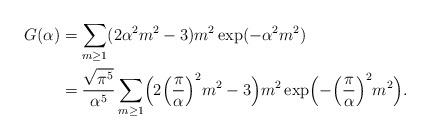
LaTeX: \begin{align*} \begin{aligned} G(\alpha)&=\sum_{m\ge 1}(2\alpha^2 m^2-3)m^2 \exp(-\alpha^2m^2)\\ &=\frac{\sqrt{\pi^5}}{\alpha^5}\sum_{m\ge 1} \Bigl(2\Bigl(\frac{\pi}{\alpha}\Bigr)^2m^2-3\Bigr) m^2\exp\Bigl(-\Bigl(\frac{\pi}{\alpha}\Bigr)^2 m^2\Bigr). \end{aligned}\end{align*}